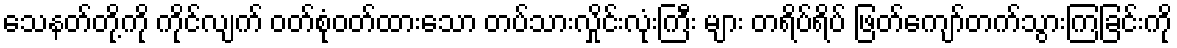
သေနတ်တို့ကို ကိုင်လျက် ဝတ်စုံဝတ်ထားသော တပ်သားလှိုင်းလုံးကြီး များ တရိပ်ရိပ် ဖြတ်ကျော်တက်သွားကြခြင်းကို